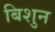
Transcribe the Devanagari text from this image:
बिशुन